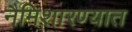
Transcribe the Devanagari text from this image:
नैमिशारण्यात